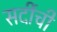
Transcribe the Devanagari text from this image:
सर्दीची